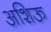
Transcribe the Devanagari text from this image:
अशिऊ